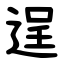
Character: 逞